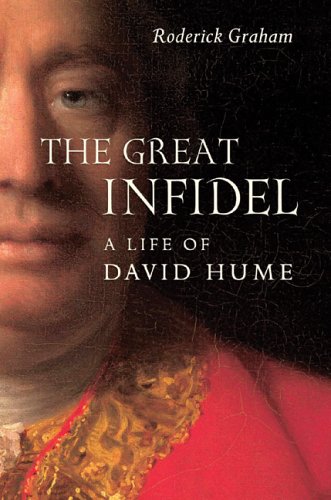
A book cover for The Great Infidel: A Life of David Hume; Roderick Graham; Biographies & Memoirs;